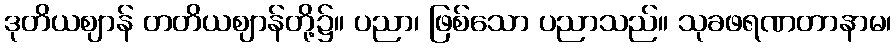
ဒုတိယဈာန် တတိယဈာန်တို့၌။ ပညာ၊ ဖြစ်သော ပညာသည်။ သုခဖရဏတာနာမ၊